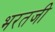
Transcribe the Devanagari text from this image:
भरतजी